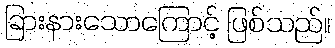
ခြားနားသောကြောင့် ဖြစ်သည်။